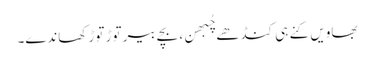
بھاویں کِنے ہی کنڈھے چُبھن، بچے بیر توڑ توڑ کھاندے۔